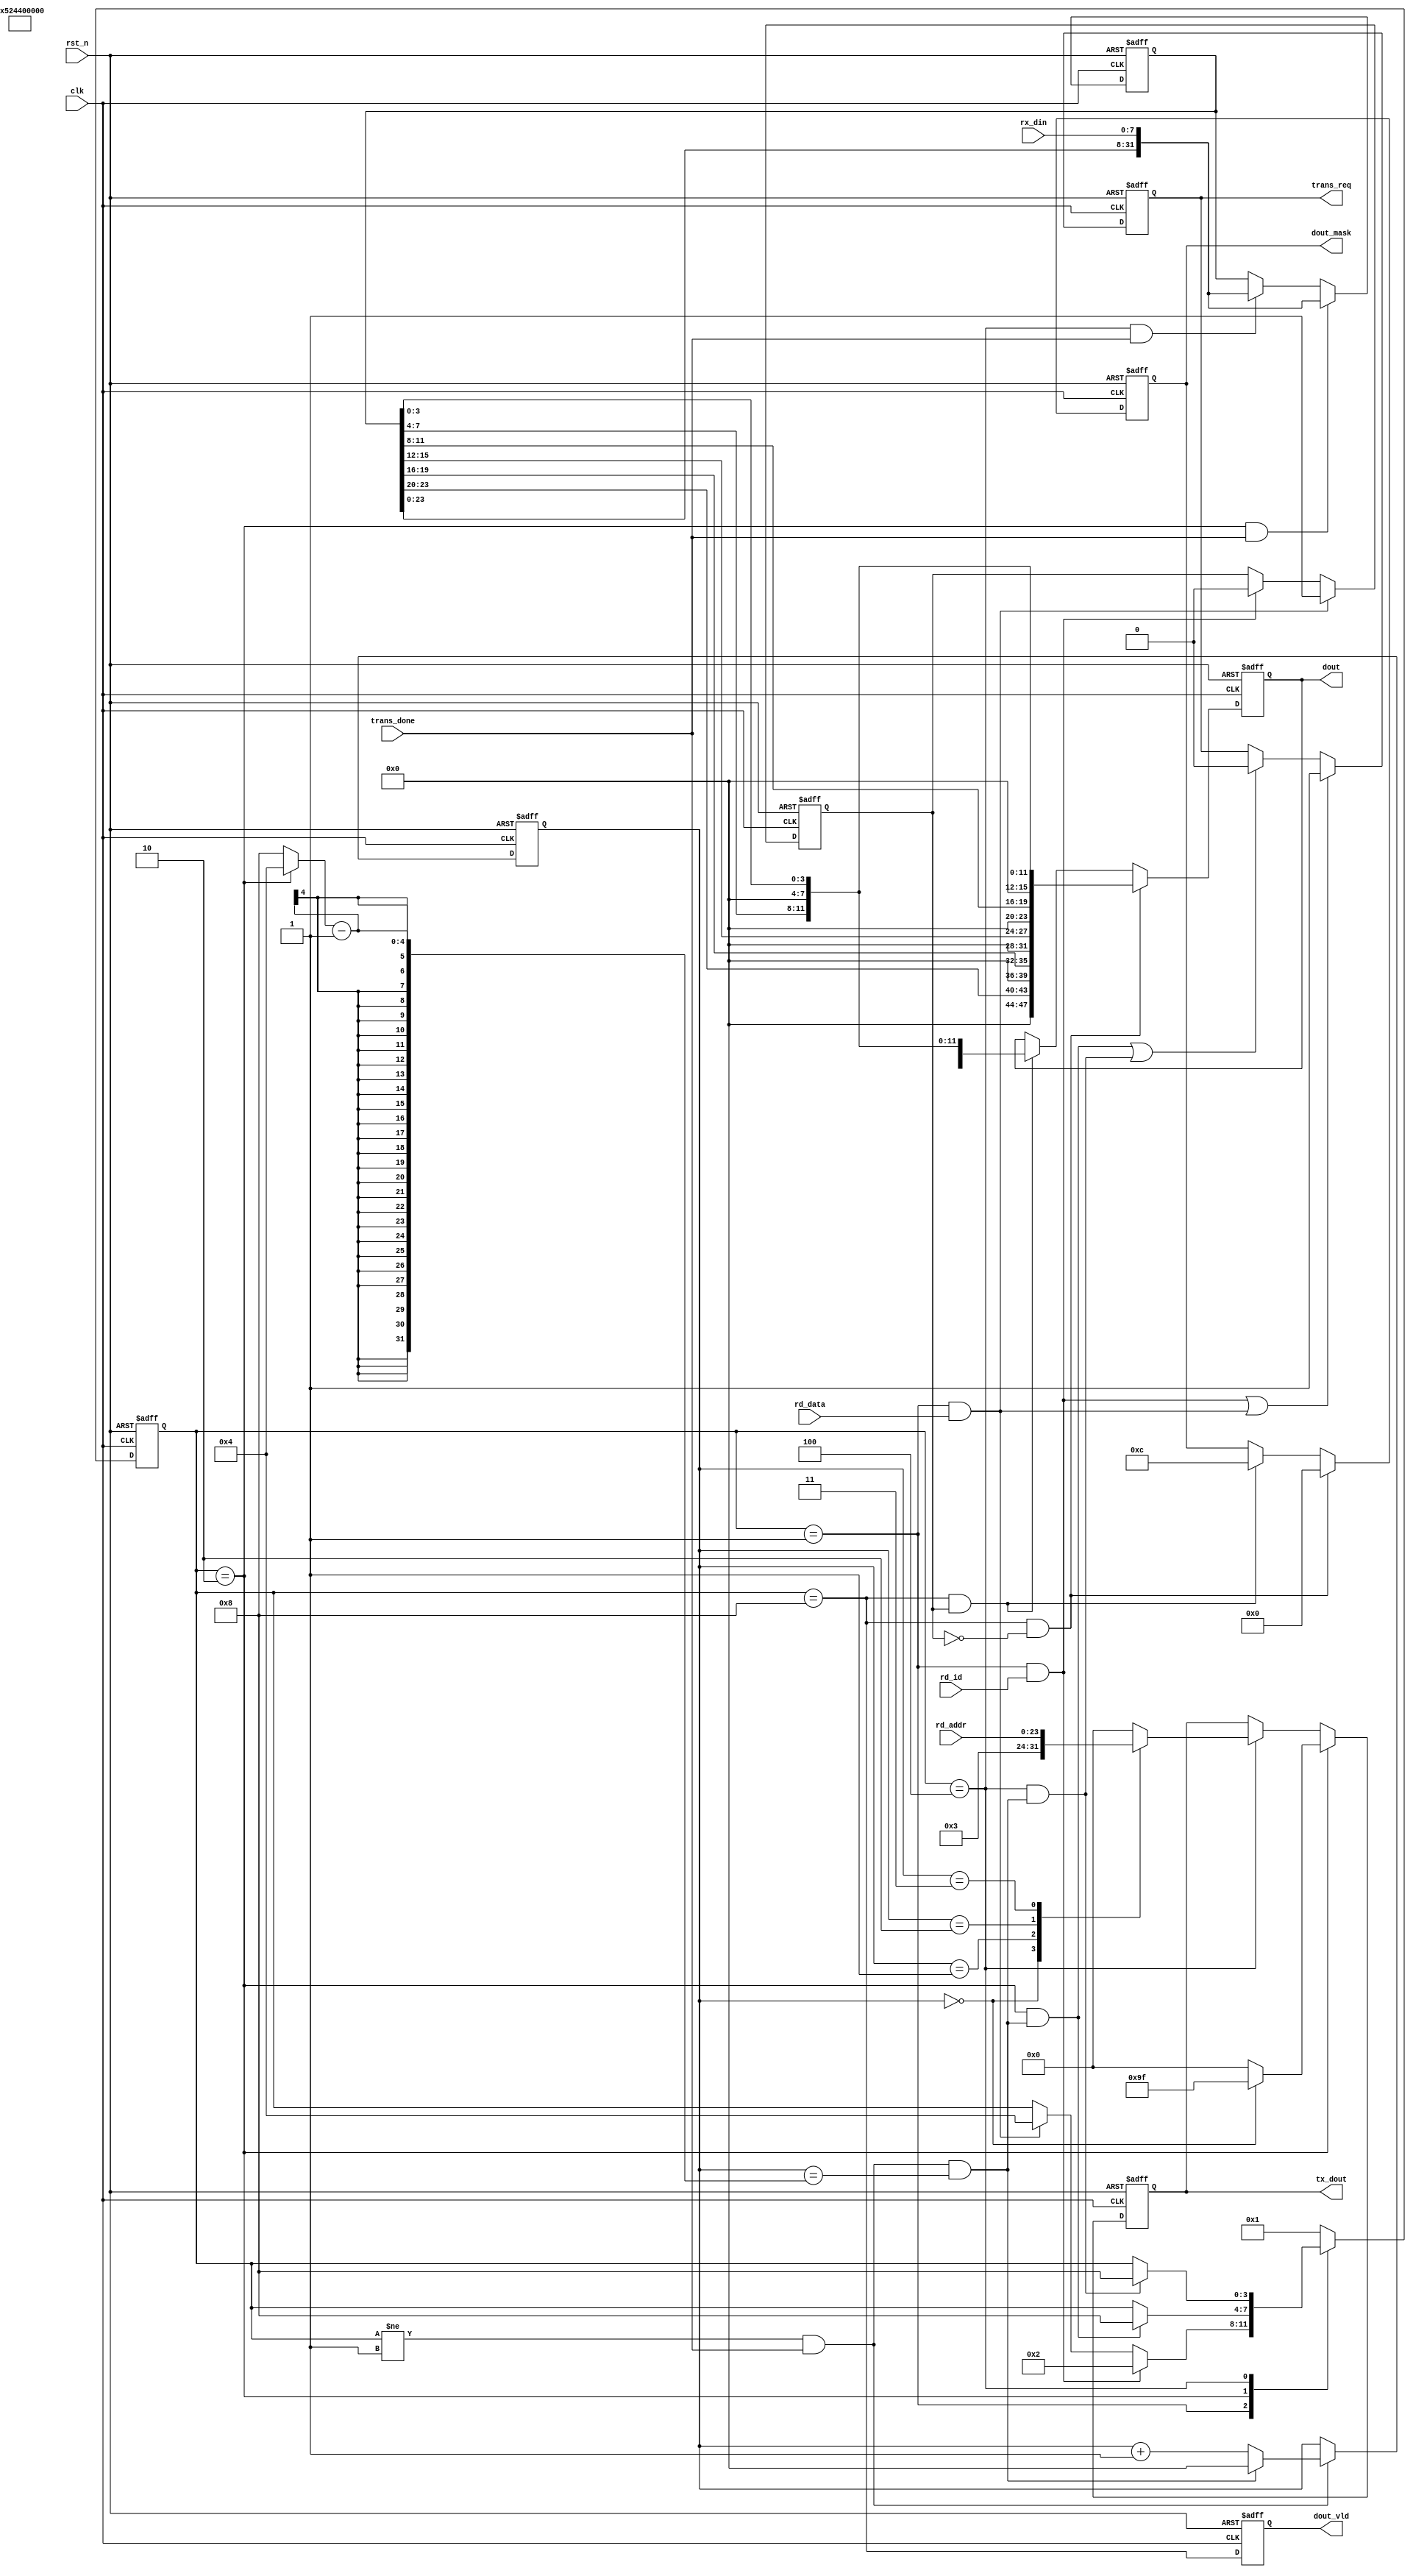
module flash_read(

    input               clk         ,
    input               rst_n       ,
    
    //key
    input               rd_id       ,
    input               rd_data     ,
    
    input   [23:0]      rd_addr     ,//flash

    //spi_master
    output              trans_req   ,
    output  [7:0]       tx_dout     ,
    input   [7:0]       rx_din      ,
    input               trans_done  ,

    //output
    output  [47:0]      dout        ,
    output  [5:0]       dout_mask   ,
    output              dout_vld    
);

/*********          ****************

M25P16 FlashID

**********      ****************/

//
    localparam  IDLE = 4'b0001,
                RDID = 4'b0010,//ID
                RDDA = 4'b0100,//
                DONE = 4'b1000;
//Flash
    localparam  CMD_RDID = 8'h9F,
                CMD_RDDA = 8'h03;

//

    reg     [3:0]       state_c     ;
    reg     [3:0]       state_n     ;

    reg     [3:0]       cnt_byte    ;
    wire                add_cnt_byte;
    wire                end_cnt_byte;
    reg     [3:0]       byte_num    ;

    reg     [7:0]       tx_data     ;
    reg                 tx_req      ;
    
    reg                 flag        ;//ID

    wire                idle2rdid   ; 
    wire                rdid2done   ; 
    wire                idle2rdda   ; 
    wire                rdda2done   ; 
    wire                done2idle   ; 
    
    reg     [31:0]      rx_data	/* synthesis keep */;//
    reg     [47:0]      data        ;
    reg     [5:0]       data_mask   ;
    reg                 data_vld    ;

//
    
    always @(posedge clk or negedge rst_n) begin 
        if (rst_n==0) begin
            state_c <= IDLE ;
        end
        else begin
            state_c <= state_n;
       end
    end
    
    always @(*) begin 
        case(state_c)  
            IDLE :begin
                if(idle2rdid)
                    state_n = RDID ;
                else if(idle2rdda)
                    state_n = RDDA ;
                else 
                    state_n = state_c ;
            end
            RDID :begin
                if(rdid2done)
                    state_n = DONE ;
                else 
                    state_n = state_c ;
            end
            RDDA :begin
                if(rdda2done)
                    state_n = DONE ;
                else 
                    state_n = state_c ;
            end
            DONE :begin
                if(done2idle)
                    state_n = IDLE ;
                else 
                    state_n = state_c ;
            end
            default : state_n = IDLE ;
        endcase
    end
    
    assign idle2rdid = state_c==IDLE && (rd_id  );
    assign rdid2done = state_c==RDID && (end_cnt_byte);
    assign idle2rdda = state_c==IDLE && (rd_data);
    assign rdda2done = state_c==RDDA && (end_cnt_byte);
    assign done2idle = state_c==DONE && (1'b1);
    
    always @(posedge clk or negedge rst_n) begin 
        if (rst_n==0) begin
            cnt_byte <= 0; 
        end
        else if(add_cnt_byte) begin
            if(end_cnt_byte)
                cnt_byte <= 0; 
            else
                cnt_byte <= cnt_byte+1 ;
       end
    end
    assign add_cnt_byte = (state_c != IDLE && trans_done);
    assign end_cnt_byte = add_cnt_byte  && cnt_byte == (byte_num)-1 ;
        
    always  @(*)begin
        if(state_c == RDID)
            byte_num = 4;
        else  
            byte_num = 8;   //5B CMD + 3 ADDR + X DATA
    end

//
    always  @(posedge clk or negedge rst_n)begin
        if(rst_n==1'b0)begin
            tx_req <= 1'b0;
        end
        else if(idle2rdid | idle2rdda)begin
            tx_req <= 1'b1;
        end
        else if(rdid2done | rdda2done)begin
            tx_req <= 1'b0;
        end
    end

    always  @(posedge clk or negedge rst_n)begin
        if(rst_n==1'b0)begin
            tx_data <= 0;
        end
        else if(state_c == RDID)begin
            case(cnt_byte)
                0:tx_data <= CMD_RDID;  
                default:tx_data <= 0; 
            endcase 
        end
        else if(state_c == RDDA)begin
            case(cnt_byte)
                0:tx_data <= CMD_RDDA; 
                1:tx_data <= rd_addr[23:16];
                2:tx_data <= rd_addr[15:8];
                3:tx_data <= rd_addr[7:0];
                default:tx_data <= 0; 
            endcase 
        end
    end

    //rx_data
    always  @(posedge clk or negedge rst_n)begin
        if(rst_n==1'b0)begin
            rx_data <= 0;
        end
        else if(state_c == RDID && trans_done)begin
            rx_data <= {rx_data[23:0],rx_din};
        end
        else if(state_c == RDDA && trans_done)begin
            rx_data <= {rx_data[23:0],rx_din};
        end
    end

    //data  
    always  @(posedge clk or negedge rst_n)begin
        if(rst_n==1'b0)begin
            data <= 0;
        end
        else if(state_c == DONE && ~flag)begin   //ID
            data <= {4'd0,rx_data[23:20],4'd0,rx_data[19:16],   //2 0
                     4'd0,rx_data[15:12],4'd0,rx_data[11:8],    //2 0
                     4'd0,rx_data[7:4],4'd0,rx_data[3:0]};      //1 5 
        end 
        else if(state_c == DONE && flag)begin //
            data <= {"R","D",16'd0,4'd0,rx_data[7:4],4'd0,rx_data[3:0]};
        end 
    end

    always  @(posedge clk or negedge rst_n)begin
        if(rst_n==1'b0)begin
            data_mask <= 0;
        end
        else if(state_c == DONE && ~flag)begin
            data_mask <= 6'b00_0000;
        end
        else if(state_c == DONE && flag)begin
            data_mask <= 6'b00_1100;
        end
    end

    always  @(posedge clk or negedge rst_n)begin
        if(rst_n==1'b0)begin
            data_vld <= 0;
        end
        else begin
            data_vld <= state_c == DONE; 
        end
    end

    always  @(posedge clk or negedge rst_n)begin
        if(rst_n==1'b0)begin
            flag <= 1'b0;
        end
        else if(idle2rdda)begin
            flag <= 1'b1;
        end
        else if(idle2rdid)begin
            flag <= 1'b0;
        end
    end

//
    assign tx_dout =tx_data;
    assign trans_req = tx_req;

    assign dout = data;
    assign dout_mask = data_mask;
    assign dout_vld = data_vld;

endmodule